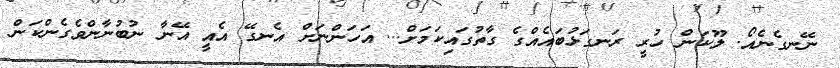
ނޭނގެނެއޯ. ލޫކަން ހުރީ ރަނގަޅުބައެއްގެ ގާތުގައިކަމަށް... އަހަންނަށް އެނގޭ އެއީ އޭނާ ނުބުނާންވެގެންކަން